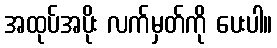
အထုပ်အပိုး လက်မှတ်ကို ပေးပါ။